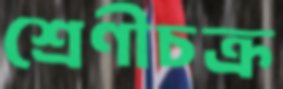
শ্রেণীচক্র